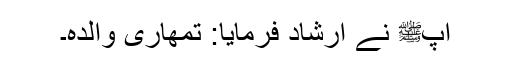
آپﷺ نے ارشاد فرمایا: تمھاری والدہ۔